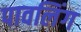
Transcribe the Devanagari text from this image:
पावलिंग